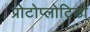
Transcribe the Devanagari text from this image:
प्रोटोप्लोटिडी